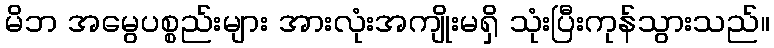
မိဘ အမွေပစ္စည်းများ အားလုံးအကျိုးမရှိ သုံးပြီးကုန်သွားသည်။